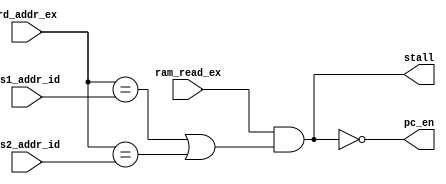
`timescale 1ns / 1ns

module dependence_detect
  (
   input            ram_read_ex,
   input  [4 : 0]   rd_addr_ex,
   input  [4 : 0]   rs1_addr_id,
   input  [4 : 0]   rs2_addr_id,
   output           stall,
   output           pc_en
  );
   assign stall = ram_read_ex && ((rd_addr_ex == rs1_addr_id) || (rd_addr_ex == rs2_addr_id));
   assign pc_en = ~stall;
endmodule